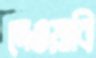
দেওয়াবি